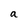
Character: a